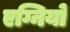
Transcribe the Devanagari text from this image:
एग्नियो